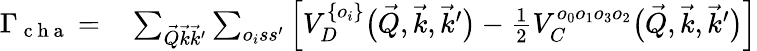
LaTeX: \begin{array}{rl}{\Gamma_{\mathrm{~c~h~a~}}=}&{{}\sum_{\vec{Q}\vec{k}\vec{k}^{\prime}}\sum_{o_{i}ss^{\prime}}\left[V_{D}^{\{ o_{i}\} }\big(\vec{Q},\vec{k},\vec{k}^{\prime}\big)-{\textstyle{\frac{1}{2}}}V_{C}^{o_{0}o_{1}o_{3}o_{2}}\big(\vec{Q},\vec{k},\vec{k}^{\prime}\big)\right]}\end{array}